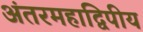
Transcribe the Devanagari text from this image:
अंतरमहाद्विपीय